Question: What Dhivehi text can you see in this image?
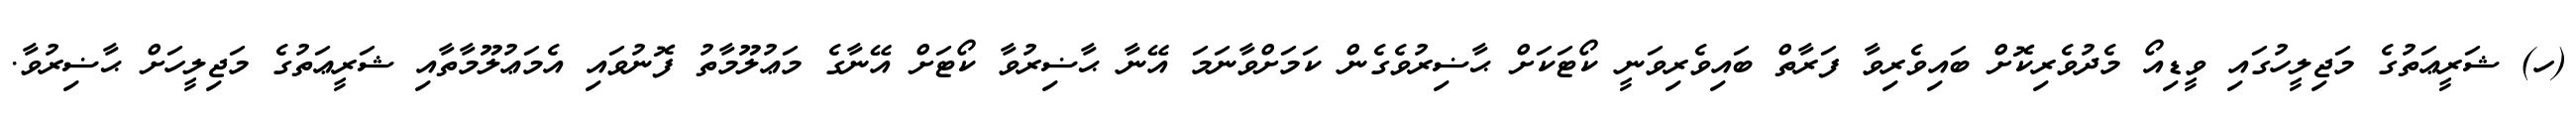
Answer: (ހ) ޝަރީޢަތުގެ މަޖިލީހުގައި ވީޑިއޯ މެދުވެރިކޮށް ބައިވެރިވާ ފަރާތް ބައިވެރިވަނީ ކޯޓަކަށް ޙާޟިރުވެގެން ކަމަށްވާނަމަ އޭނާ ޙާޟިރުވާ ކޯޓަށް އޭނާގެ މަޢުލޫމާތު ފޮނުވައި އެމަޢުލޫމާތާއި ޝަރީޢަތުގެ މަޖިލީހަށް ޙާޟިރުވާ.